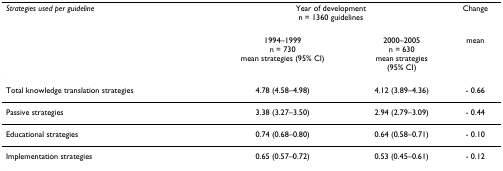
| Strategies used per guideline | <COLSPAN=2> Year of developmentn = 1360 guidelines | Change |
 |  | 1994–1999n = 730mean strategies (95% CI) | 2000–2005n = 630mean strategies(95% CI) | mean |
 | --- | --- | --- | --- |
 | Total knowledge translation strategies | 4.78 (4.58–4.98) | 4.12 (3.89–4.36) | - 0.66 |
 | Passive strategies | 3.38 (3.27–3.50) | 2.94 (2.79–3.09) | - 0.44 |
 | Educational strategies | 0.74 (0.68–0.80) | 0.64 (0.58–0.71) | - 0.10 |
 | Implementation strategies | 0.65 (0.57–0.72) | 0.53 (0.45–0.61) | - 0.12 |